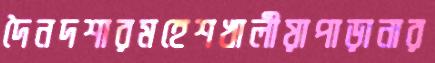
দৈনদশারমহেশখালীয়াপাড়ানার